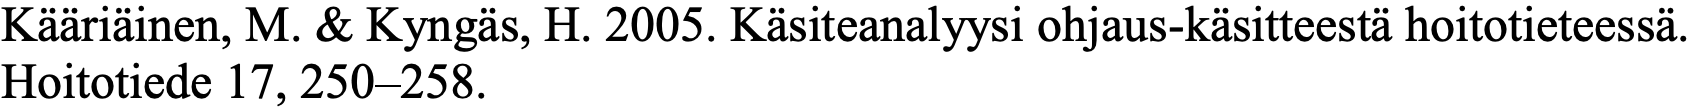
Kääriäinen, M. & Kyngäs, H. 2005. Käsiteanalyysi ohjaus-käsitteestä hoitotieteessä. Hoitotiede 17, 250–258.